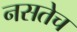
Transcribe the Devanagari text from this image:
नसतेच